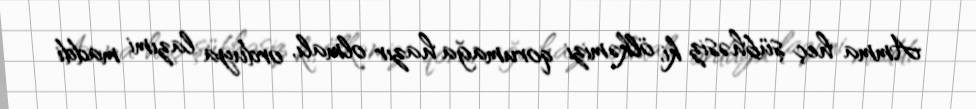
Amma heç şübhəsiz ki, ölkəmizi qorumağa hazır olmalı, orduya lazımi maddi